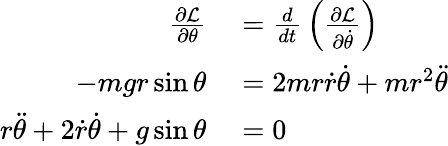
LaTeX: \begin{array}{rl}{{\frac{\partial{\mathcal{L}}}{\partial\theta}}}&{{}={\frac{d}{dt}}\left({\frac{\partial{\mathcal{L}}}{\partial{\dot{\theta}}}}\right)}\\ {-mgr\sin{\theta}}&{{}=2mr{\dot{r}}{\dot{\theta}}+mr^{2}{\ddot{\theta}}}\\ {r{\ddot{\theta}}+2{\dot{r}}{\dot{\theta}}+g\sin{\theta}}&{{}=0}\end{array}